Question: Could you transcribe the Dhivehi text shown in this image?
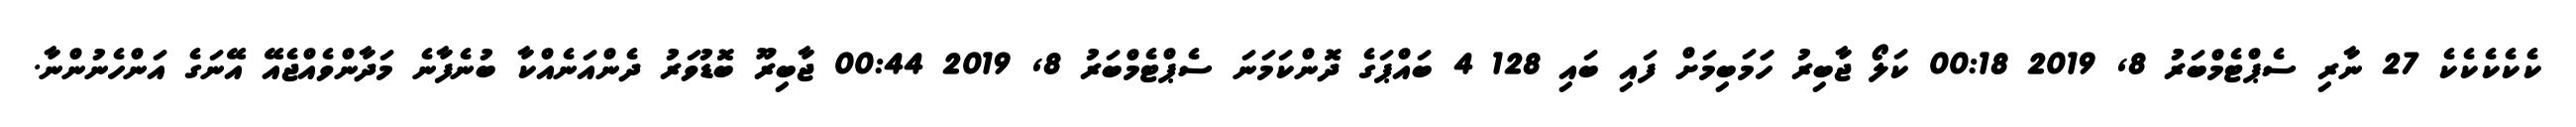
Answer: ކެކެކެކެކެ 27 ނާރި ސެޕްޓެމްބަރު 8, 2019 00:18 ކަލޯ ޖާބިރު ހަަމަބިމަށް ފައި ބައި 128 4 ބައްޕަގެ ދޮންކަމަނަ ސެޕްޓެމްބަރު 8, 2019 00:44 ޖާބިރޫ ބޮޑުވަރު ދެންއަނެއްކާ ބުނެފާނެ މަދާންވެއްޖެއޭ އޭނަގެ އަންހެނުންނާ.